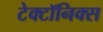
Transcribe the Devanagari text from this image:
टेक्टॉनिक्स